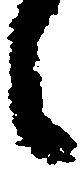
之